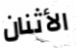
الأثنان